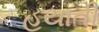
હયાતી